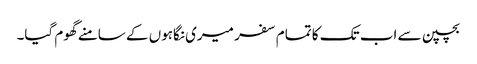
بچپن سے اب تک کا تمام سفر میری نگاہوں کے سامنے گھوم گیا۔